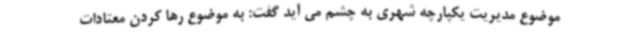
موضوع مدیریت یکپارچه شهری به چشم می آید گفت: به موضوع رها کردن معتادات